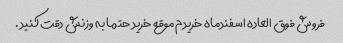
فروش فوق العاده اسفندماه خریدم موقع خرید حتما به وزنش دقت کنید .